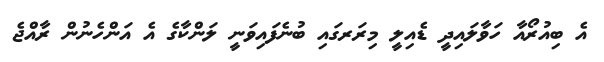
އެ ބިއުރޯއާ ހަވާލައިދީ ޑެއިލީ މިރަރގައި ބުނެފައިވަނީ ލަންކާގެ އެ އަންހެނުން ރާއްޖެ